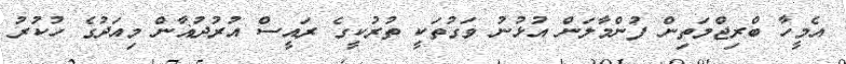
އެމީހާ ބްރިޖްމަތިން ފުންމާލަން އުޅުނު ވަގުތަކީ ތުރުކީގެ ރައީސް އުރުދުޣާން މިއަދުގެ ހުކުރު